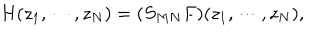
H ( z _ { 1 } , \cdots , z _ { N } ) = ( S _ { M N } F ) ( z _ { 1 } , \cdots , z _ { N } ) ,